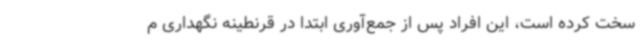
سخت کرده است، این افراد پس از جمع‌آوری ابتدا در قرنطینه نگهداری م